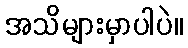
အသိများမှာပါပဲ။